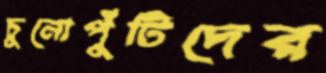
চুনোপুঁটিদের